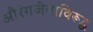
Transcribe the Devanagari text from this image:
औरंगजेबाविरूद्ध